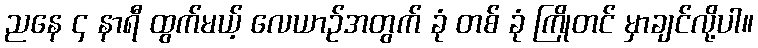
ညနေ ၄ နာရီ ထွက်မယ့် လေယာဉ်အတွက် ခုံ တစ် ခုံ ကြိုတင် မှာချင်လို့ပါ။